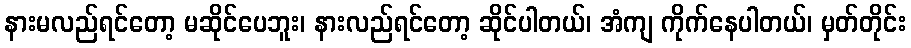
နားမလည်ရင်တော့ မဆိုင်ပေဘူး၊ နားလည်ရင်တော့ ဆိုင်ပါတယ်၊ အံကျ ကိုက်နေပါတယ်၊ မှတ်တိုင်း